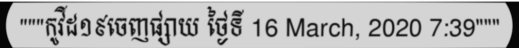
"""កូវីដ១៩ចេញផ្សាយ ថ្ងៃទី 16 March, 2020 7:39"""